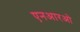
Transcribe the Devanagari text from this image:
एनआरओ